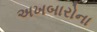
અખબારોના